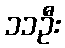
၁၁ဦး